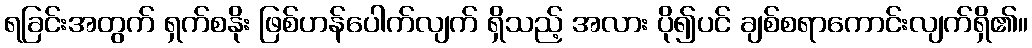
ရခြင်းအတွက် ရှက်စနိုး ဖြစ်ဟန်ပေါက်လျက် ရှိသည့် အလား ပို၍ပင် ချစ်စရာကောင်းလျက်ရှိ၏။